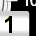
Digit: 1